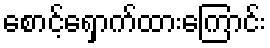
စောင့်ရှောက်ထားကြောင်း